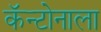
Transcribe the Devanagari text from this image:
कॅन्टोनाला